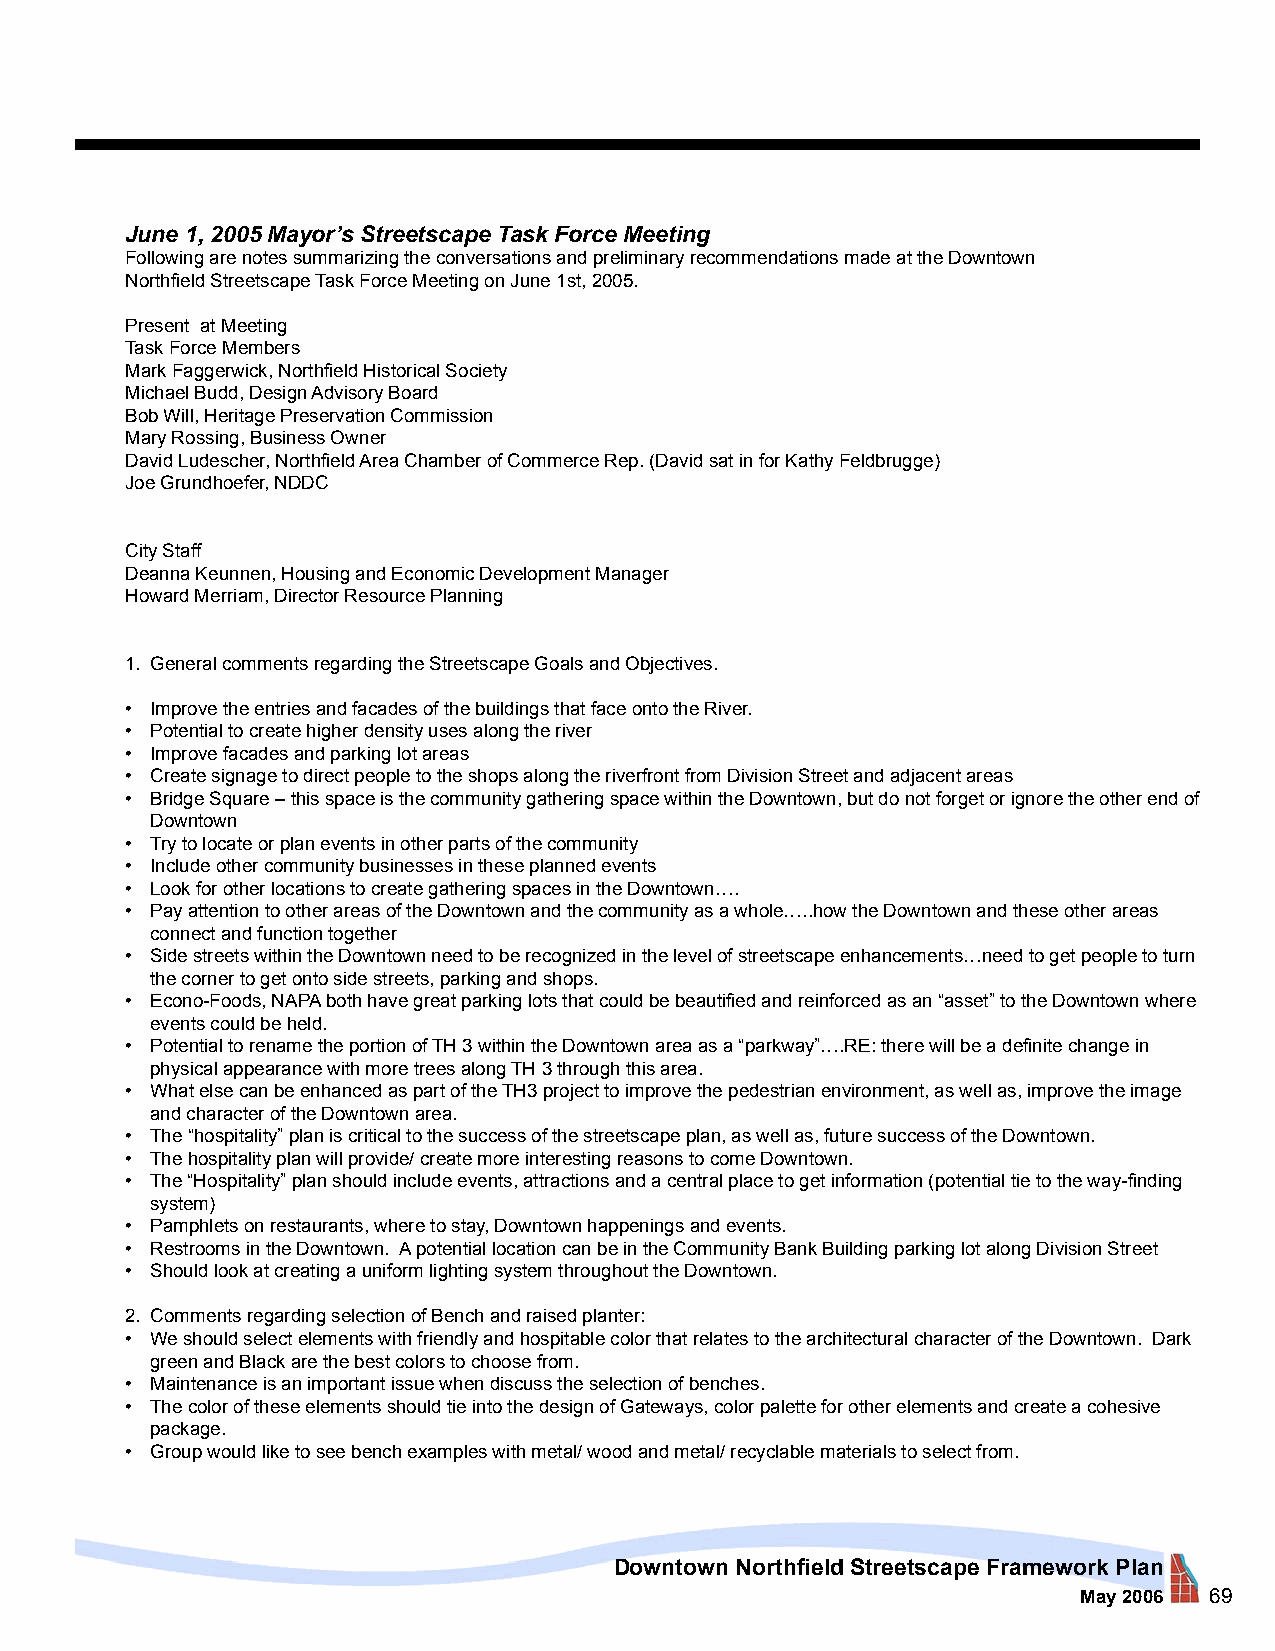
June 1, 2005 Mayor’s Streetscape Task Force Meeting
 Following are notes summarizing the conversations and preliminary recommendations made at the Downtown
 Northfield Streetscape Task Force Meeting on June 1st, 2005.
 Present at Meeting
 Task Force Members
 Mark Faggerwick, Northfield Historical Society
 Michael Budd, Design Advisory Board
 Bob Will, Heritage Preservation Commission
 Mary Rossing, Business Owner
 David Ludescher, Northfield Area Chamber of Commerce Rep. (David sat in for Kathy Feldbrugge)
 Joe Grundhoefer, NDDC
 City Staff
 Deanna Keunnen, Housing and Economic Development Manager
 Howard Merriam, Director Resource Planning
 1. General comments regarding the Streetscape Goals and Objectives.
 • Improve the entries and facades of the buildings that face onto the River.
 • Potential to create higher density uses along the river
 • Improve facades and parking lot areas
 • Create signage to direct people to the shops along the riverfront from Division Street and adjacent areas
 • Bridge Square – this space is the community gathering space within the Downtown, but do not forget or ignore the other end of
 Downtown
 • Try to locate or plan events in other parts of the community
 • Include other community businesses in these planned events
 • Look for other locations to create gathering spaces in the Downtown….
 • Pay attention to other areas of the Downtown and the community as a whole…..how the Downtown and these other areas
 connect and function together
 • Side streets within the Downtown need to be recognized in the level of streetscape enhancements…need to get people to turn
 the corner to get onto side streets, parking and shops.
 • Econo-Foods, NAPA both have great parking lots that could be beautified and reinforced as an “asset” to the Downtown where
 events could be held.
 • Potential to rename the portion of TH 3 within the Downtown area as a “parkway”….RE: there will be a definite change in
 physical appearance with more trees along TH 3 through this area.
 • What else can be enhanced as part of the TH3 project to improve the pedestrian environment, as well as, improve the image
 and character of the Downtown area.
 • The “hospitality” plan is critical to the success of the streetscape plan, as well as, future success of the Downtown.
 • The hospitality plan will provide/ create more interesting reasons to come Downtown.
 • The “Hospitality” plan should include events, attractions and a central place to get information (potential tie to the way-finding
 system)
 • Pamphlets on restaurants, where to stay, Downtown happenings and events.
 • Restrooms in the Downtown. A potential location can be in the Community Bank Building parking lot along Division Street
 • Should look at creating a uniform lighting system throughout the Downtown.
 2. Comments regarding selection of Bench and raised planter:
 • We should select elements with friendly and hospitable color that relates to the architectural character of the Downtown. Dark
 green and Black are the best colors to choose from.
 • Maintenance is an important issue when discuss the selection of benches.
 • The color of these elements should tie into the design of Gateways, color palette for other elements and create a cohesive
 package.
 • Group would like to see bench examples with metal/ wood and metal/ recyclable materials to select from.
 Downtown Northfield Streetscape Framework Plan
 May 2006 69